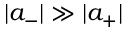
| a _ { - } | \gg | a _ { + } |